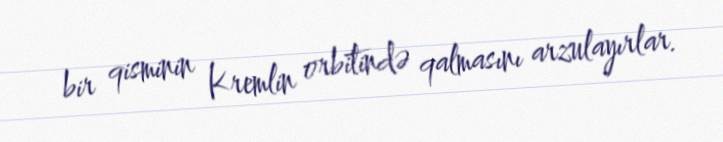
bir qisminin Kremlin orbitində qalmasını arzulayırlar.